Indian Medical Review
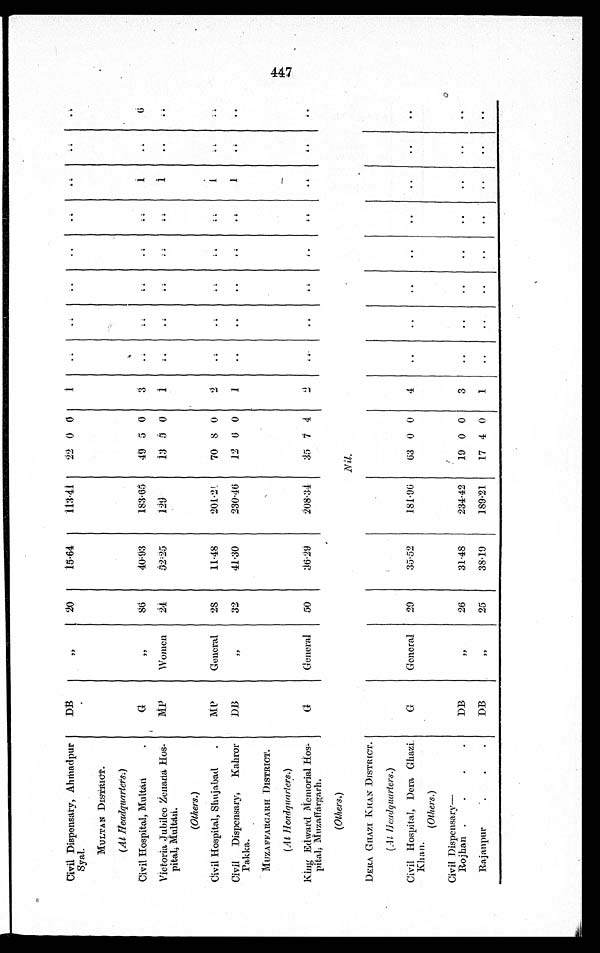
Civil. Dispensary, Ahmadpur
Syal.
D B
„
20
15.64
113.41
22
0 0
1
. .
. .
. .
. .
. .
. .
. .
..
MULTAN DISTRICT.
(At Ileadquarters.)
Civil Hospital, Multan .
G „
86
40.93
183.65
49 5 0
3
. .
. .
. .
. .
. .
1
. .
6
Victoria Jubilec Zenana Hos-
pital, Multan.
MP
Women
24
52.25
129
13 5 0
1
. .
. .
. .
. .
. .
1
. .
. .
(Others.)
Civil Hospital, Shujabad
.
MP
General
28
11.48
201.2
70 8 0
2
. .
. .
. .
. .
. .
1
. .
..
Civil Dispensary, K a . h r o r
Pakka.
DB
„
32
41.30
230.46
12 6 0
1
..
..
..
..
. .
1
. .
..
M UZAFFARGARH DISTRICT.
( At Headquarters.)
King Edward Memorial Hos-
pita], Muzaffargarh.
G .
General
50
36.29
208.34
35 7 4
2
. .
. .
. .
. .
. .
. .
. .
. .
(Others.)
Nil.
DERA GHAZI KHAN DISTRICT.
(At Headquarters.)
Civil Hospital, Dera Ghazi.
Khan.
G
General
29
35.52
181.96
63 0 0
4
..
..
..
..
. .
. .
. .
. .
(Others.)
Civil Dispensary—
DB
„
26
31.48
234.42
19 0 0
3
..
..
..
. .
. .
. .
. .
. .
Rojhan .
.
.
.
Rajanpur
•
.
.
DB
„
25
38.19
189.21
17 4 0
1
..
..
..
. .
. .
..
. .
. .